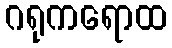
ဂရုကရောထ